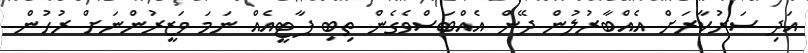
އަދި ސަރުކާރަށް އެއްބާރުލުން ދޭން އެއްބަސްވެގެން ތިބި ޕާޓީއެއް ނަމަ ވަޒީރުންނަށް ރުހުން